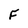
Character: F